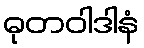
ဓုတဝါဒါနံ